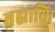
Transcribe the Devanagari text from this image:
ब्रह्मासि।